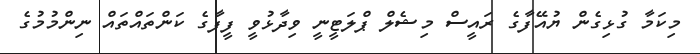
މިކަމާ ގުޅިގެން ޔުއޭފާގެ ރައީސް މިޝެލް ޕްލަޓީނީ ވިދާޅުވީ ފީފާގެ ކަންތައްތައް ނިންމުމުގެ